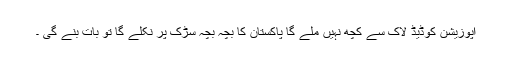
اپوزیشن کوڈیڈ لاک سے کچھ نہیں ملے گا پاکستان کا بچہ بچہ سڑک پر نکلے گا تو بات بنے گی ۔